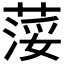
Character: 𦷪